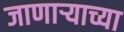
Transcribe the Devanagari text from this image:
जाणार्‍याच्या